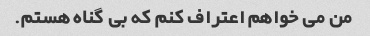
من می خواهم اعتراف کنم که بی گناه هستم.